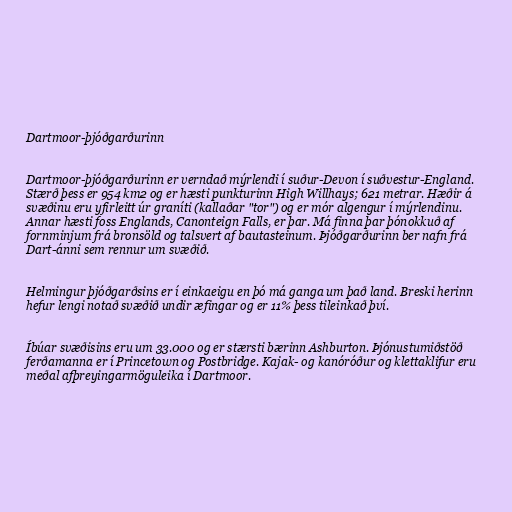
Dartmoor-þjóðgarðurinn

Dartmoor-þjóðgarðurinn er verndað mýrlendi í suður-Devon í suðvestur-England.
Stærð þess er 954 km2 og er hæsti punkturinn High Willhays; 621 metrar. Hæðir á
svæðinu eru yfirleitt úr graníti (kallaðar "tor") og er mór algengur í mýrlendinu.
Annar hæsti foss Englands, Canonteign Falls, er þar. Má finna þar þónokkuð af
fornminjum frá bronsöld og talsvert af bautasteinum. Þjóðgarðurinn ber nafn frá
Dart-ánni sem rennur um svæðið.

Helmingur þjóðgarðsins er í einkaeigu en þó má ganga um það land. Breski herinn
hefur lengi notað svæðið undir æfingar og er 11% þess tileinkað því.

Íbúar svæðisins eru um 33.000 og er stærsti bærinn Ashburton. Þjónustumiðstöð
ferðamanna er í Princetown og Postbridge. Kajak- og kanóróður og klettaklifur eru
meðal afþreyingarmöguleika í Dartmoor.